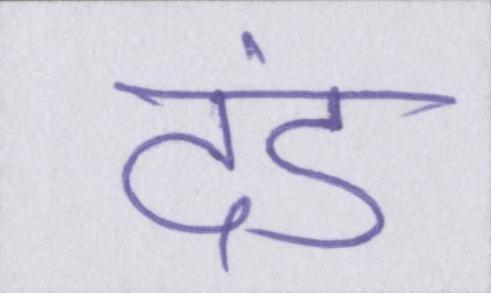
दंड